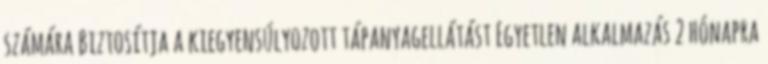
számára Biztosítja a kiegyensúlyozott tápanyagellátást Egyetlen alkalmazás 2 hónapra